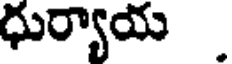
ధుర్యాయ